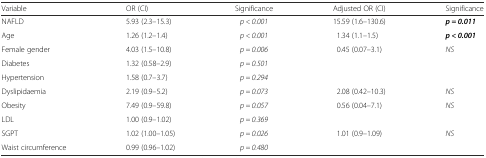
<table><thead><tr><td><b>Variable</b></td><td><b>OR (CI)</b></td><td><b>Significance</b></td><td><b>Adjusted OR (CI)</b></td><td><b>Significance</b></td></tr></thead><tbody><tr><td>NAFLD</td><td>5.93 (2.3–15.3)</td><td><i>p &lt; 0.001</i></td><td>15.59 (1.6–130.6)</td><td><b><i>p = 0.011</i></b></td></tr><tr><td>Age</td><td>1.26 (1.2–1.4)</td><td><i>p &lt; 0.001</i></td><td>1.34 (1.1–1.5)</td><td><b><i>p &lt; 0.001</i></b></td></tr><tr><td>Female gender</td><td>4.03 (1.5–10.8)</td><td><i>p = 0.006</i></td><td>0.45 (0.07–3.1)</td><td><i>NS</i></td></tr><tr><td>Diabetes</td><td>1.32 (0.58–2.9)</td><td><i>p = 0.501</i></td><td></td><td></td></tr><tr><td>Hypertension</td><td>1.58 (0.7–3.7)</td><td><i>p = 0.294</i></td><td></td><td></td></tr><tr><td>Dyslipidaemia</td><td>2.19 (0.9–5.2)</td><td><i>p = 0.073</i></td><td>2.08 (0.42–10.3)</td><td><i>NS</i></td></tr><tr><td>Obesity</td><td>7.49 (0.9–59.8)</td><td><i>p = 0.057</i></td><td>0.56 (0.04–7.1)</td><td><i>NS</i></td></tr><tr><td>LDL</td><td>1.00 (0.9–1.02)</td><td><i>p = 0.369</i></td><td></td><td></td></tr><tr><td>SGPT</td><td>1.02 (1.00–1.05)</td><td><i>p = 0.026</i></td><td>1.01 (0.9–1.09)</td><td><i>NS</i></td></tr><tr><td>Waist circumference</td><td>0.99 (0.96–1.02)</td><td><i>p = 0.480</i></td><td></td><td></td></tr></tbody></table>